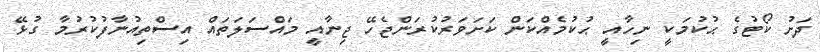
ދަށު ކޯޓުގެ ޙުކުމަކީ ނިހާއީ ޙުކުމެއްކަން ކަށަވަރުކުރަންޖެހޭ ޖިނާއީ މައްސަލަތައް އިސްތިއުނާފުކުރުމާ ގުޅޭ